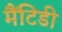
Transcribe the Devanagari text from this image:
मैंटिडी